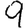
Digit: 9